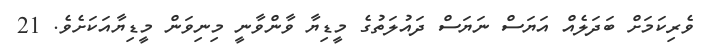
ވެރިކަމަށް ބަދަލެއް އަޔަސް ނަޔަސް ދައުލަތުގެ މީޑިޔާ ވާންވާނީ މިނިވަން މީޑިޔާއަކަށެވެ. 21